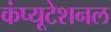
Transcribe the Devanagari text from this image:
कंप्‍यूटेशनल